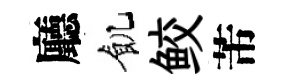
廳飢鲛芾